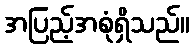
အပြည့်အစုံရှိသည်။